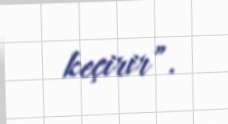
keçirir”.